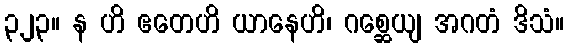
၃၂၃။ န ဟိ ဧတေဟိ ယာနေဟိ၊ ဂစ္ဆေယျ အဂတံ ဒိသံ။